Scottish Leaving Certificate Examination, 1951
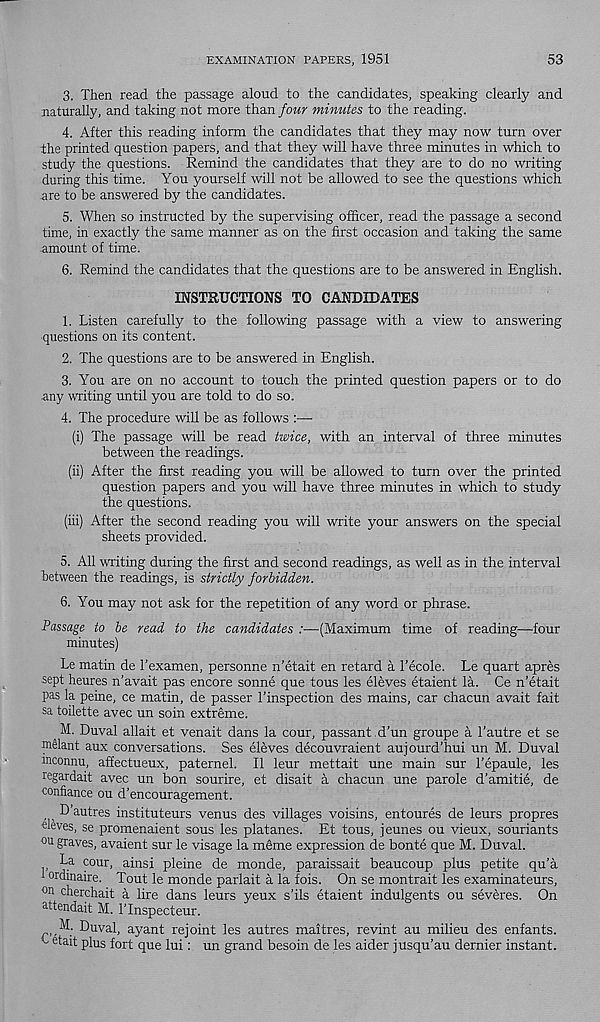
EXAMINATION PAPERS, 1951
53
3. Then read the passage aloud to the candidates, speaking clearly and
naturally, and taking not more than four minutes to the reading.
4. After this reading inform the candidates that they may now turn over
the printed question papers, and that they will have three minutes in which to
study the questions. Remind the candidates that they are to do no writing
during this time. You yourself will not be allowed to see the questions which
are to be answered by the candidates.
5. When so instructed by the supervising officer, read the passage a second
time, in exactly the same manner as on the first occasion and taking the same
amount of time.
6. Remind the candidates that the questions are to be answered in English.
INSTRUCTIONS TO CANDIDATES
1. Listen carefully to the following passage with a view to answering
questions on its content.
2. The questions are to be answered in English.
3. You are on no account to touch the printed question papers or to do
any writing until you are told to do so.
4. The procedure will be as follows :—
(i) The passage will be read twice, with an interval of three minutes
between the readings.
(ii) After the first reading you will be allowed to turn over the printed
question papers and you will have three minutes in which to study
the questions.
(iii) After the second reading you will write your answers on the special
sheets provided.
5. All writing during the first and second readings, as well as in the interval
between the readings, is strictly forbidden.
6. You may not ask for the repetition of any word or phrase.
Passage to be read to the candidates ;—(Maximum time of reading—four
minutes)
Le matin de I’examen, personne n’etait en retard a I’ecole. Le quart apres
sept heures n’avait pas encore sonne que tous les eleves etaient la. Ce n’etait
pas la peine, ce matin, de passer I’inspection des mains, car chacun avait fait
sa toilette avec un soin extreme.
a M. Duval allait et venait dans la cour, passant , d’un groupe a 1’autre et se
m61ant aux conversations. Ses eleves decouvraient aujourd’hui un M. Duval
mconnu, affectueux, paternel. 11 leur mettait une main sur 1’epaule, les
regardait avec un bon sourire, et disait a chacun une parole d’amitie, de
confiance ou d’encouragement.
, au t r es instituteurs venus des villages voisins, entoures de leurs propres
eleves, se promenaient sous les platanes. Et tous, jeunes ou vieux, souriants
ou graves, avaient sur le visage la mdme expression de bonte que M. Duval.
La cour, ainsi pleine de monde, paraissait beaucoup plus petite qu’a
ordinaire. Tout le monde parlait a la fois. On se montrait les examinateurs,
°n cherchait a lire dans leurs yeux s’ils etaient indulgents ou severes. On
attendait M. ITnspecteur.
■ M. Duval, ayant rejoint les autres maitres, revint au milieu des enfants.
k etait plus fort que lui: un grand besoin de les aider jusqu’au dernier instant.